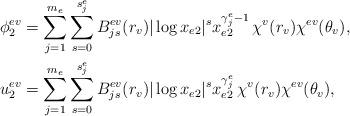
LaTeX: \begin{align*} \phi_2^{ev} &= \sum_{j=1}^{m_e}\sum_{s=0}^{s_j^e} B_{js}^{ev}(r_v) |\log x_{e2}|^s x_{e2}^{\gamma_j^e-1} \,\chi^v(r_v)\chi^{ev}(\theta_v), \\ u_2^{ev} &= \sum_{j=1}^{m_e}\sum_{s=0}^{s_j^e} B_{js}^{ev}(r_v) |\log x_{e2}|^s x_{e2}^{\gamma_j^e} \,\chi^v(r_v)\chi^{ev}(\theta_v),\end{align*}